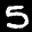
Label: 5